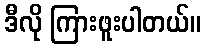
ဒီလို ကြားဖူးပါတယ်။